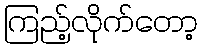
ကြည့်လိုက်တော့